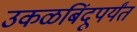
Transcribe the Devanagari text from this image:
उकळबिंदूपर्यंत